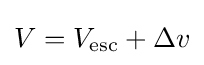
V=V_{\text{esc}}+\Delta v